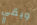
وبقي